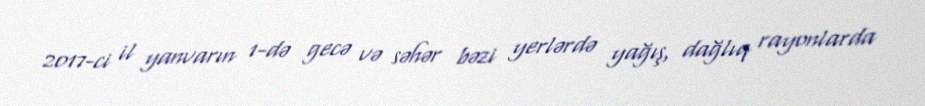
2017-ci il yanvarın 1-də gecə və səhər bəzi yerlərdə yağış, dağlıq rayonlarda